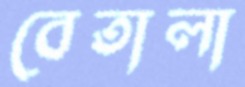
বেতালা